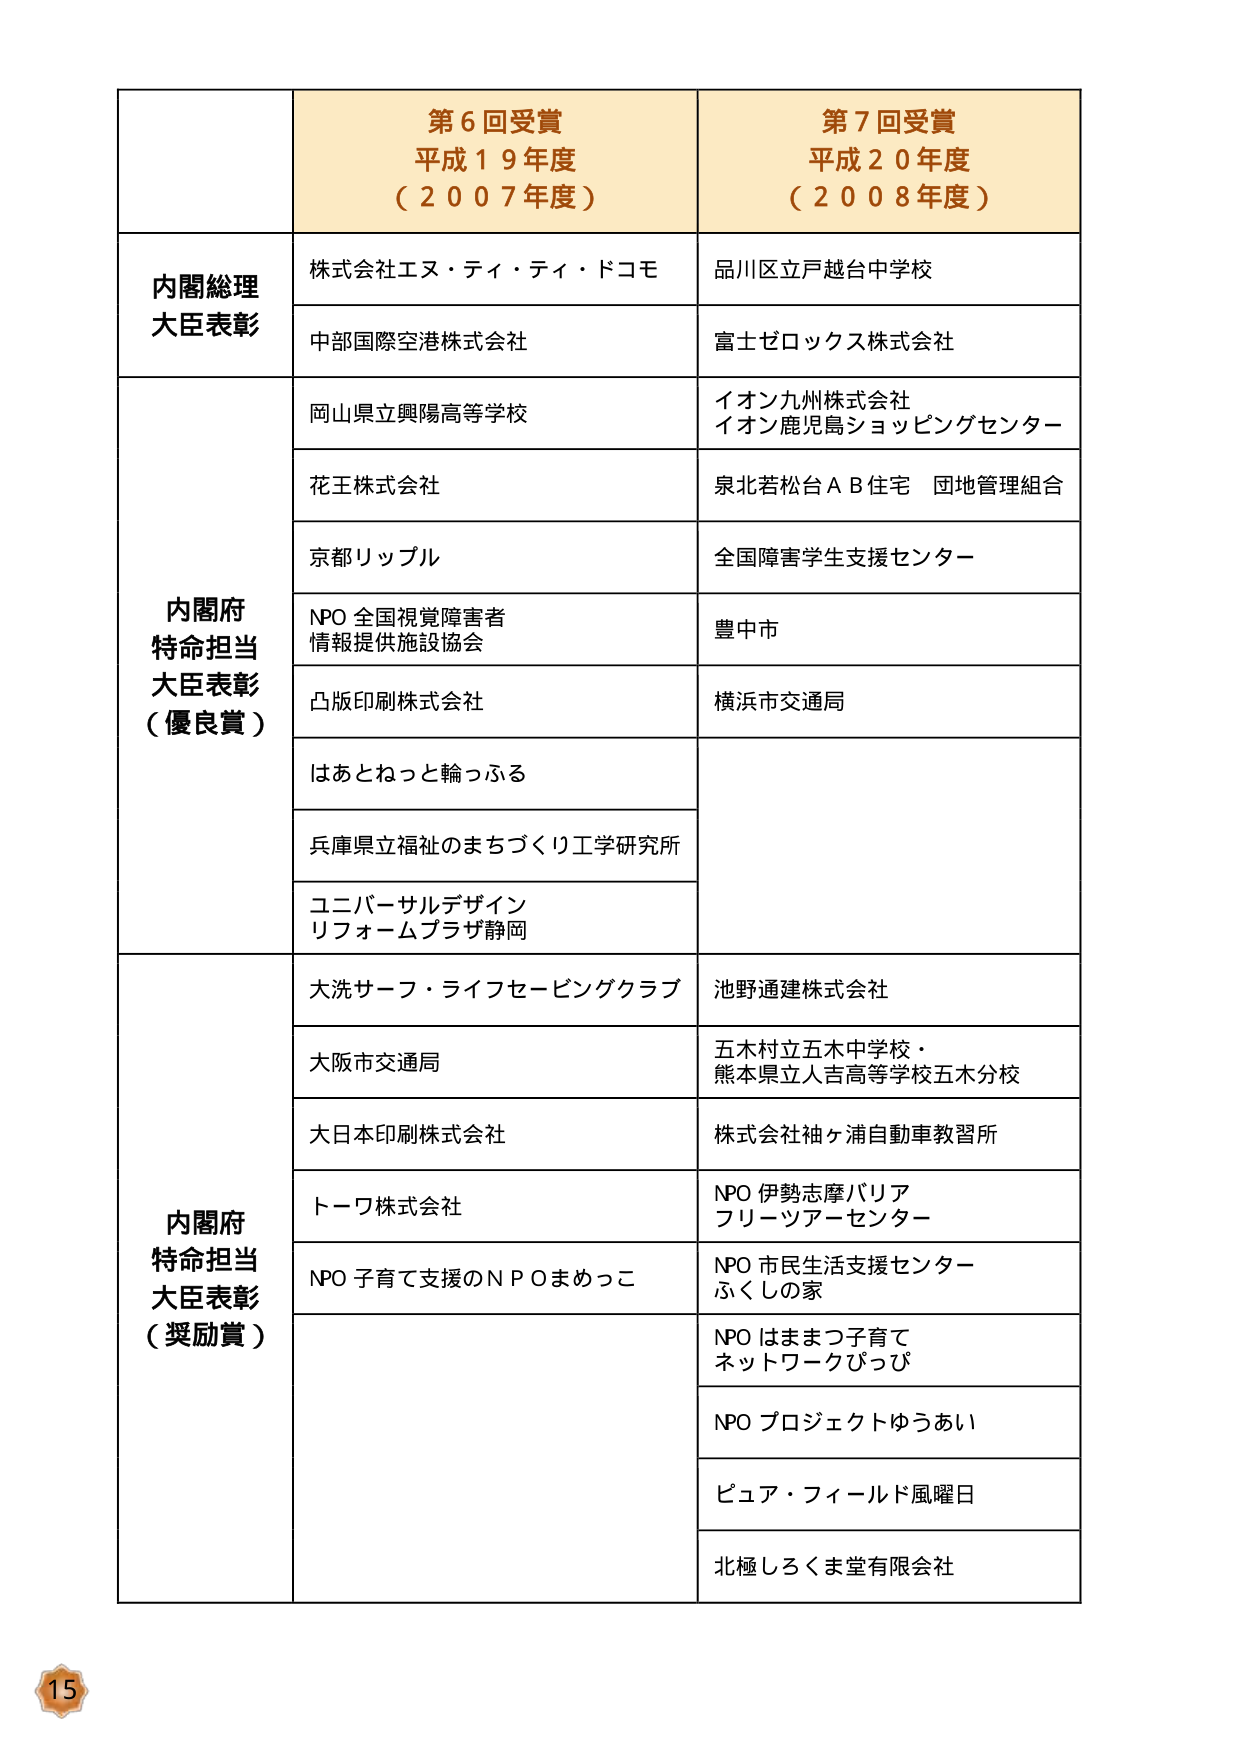
第６回受賞
平成１９年度
（２００７年度）

第７回受賞
平成２０年度
（２００８年度）

内閣総理大臣表彰
株式会社エヌ・ティ・ティ・ドコモ
中部国際空港株式会社
品川区立戸越台中学校
富士ゼロックス株式会社

内閣府特命担当大臣表彰（優良賞）
岡山県立興陽高等学校
花王株式会社
京都リップル
NPO 全国視覚障害者情報提供施設協会
凸版印刷株式会社
はあとねっと輪っふる
兵庫県立福祉のまちづくり工学研究所
ユニバーサルデザインリフォームプラザ静岡
イオン九州株式会社
イオン鹿児島ショッピングセンター
泉北若松台ＡＢ住宅 団地管理組合
全国障害学生支援センター
豊中市
横浜市交通局

内閣府特命担当大臣表彰（奨励賞）
大洗サーフ・ライフセービングクラブ
大阪市交通局
大日本印刷株式会社
トーウ株式会社
NPO 子育て支援のＮＰＯまめっこ
池野通建株式会社
五木村立五木中学校・熊本県立人吉高等学校五木分校
株式会社袖ヶ浦自動車教習所
NPO 伊勢志摩バリアフリーツアーセンター
NPO 市民生活支援センターふくしの家
NPO はままつ子育てネットワークびっぴ
NPO プロジェクトゆうあい
ピュア・フィールド風曜日
北極しろくま堂有限会社

15